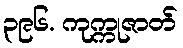
၃၉၆. ကုက္ကုဇာတ်